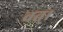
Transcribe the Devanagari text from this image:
वत्।